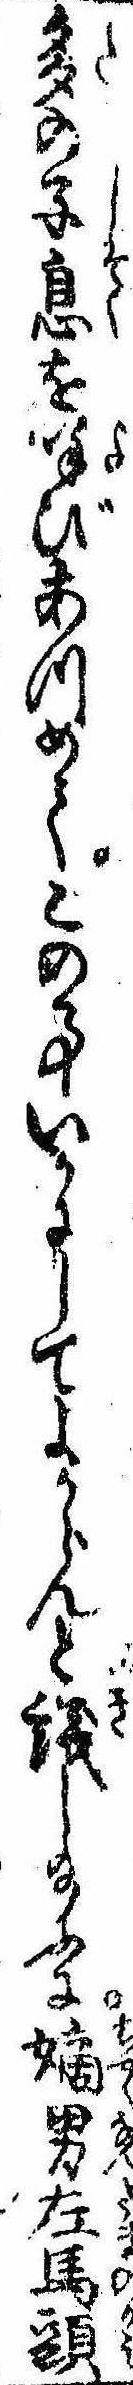
多の子息を呼びあつめてこの事いかにしてよからんと議し給ふに嫡男左馬頭